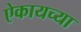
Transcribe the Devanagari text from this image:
ऐकायच्या